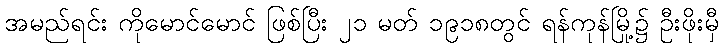
အမည်ရင်း ကိုမောင်မောင် ဖြစ်ပြီး ၂၁ မတ် ၁၉၁၈တွင် ရန်ကုန်မြို့၌ ဦးဖိုးမှီ